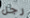
رجل